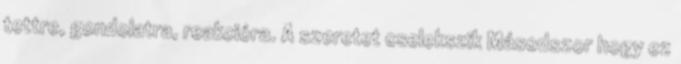
tettre, gondolatra, reakcióra. A szeretet cselekszik Másodszor hogy ez